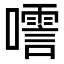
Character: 㘊